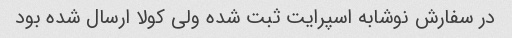
در سفارش نوشابه اسپرایت ثبت شده ولی کولا ارسال شده بود